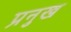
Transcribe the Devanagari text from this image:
प्रनुख